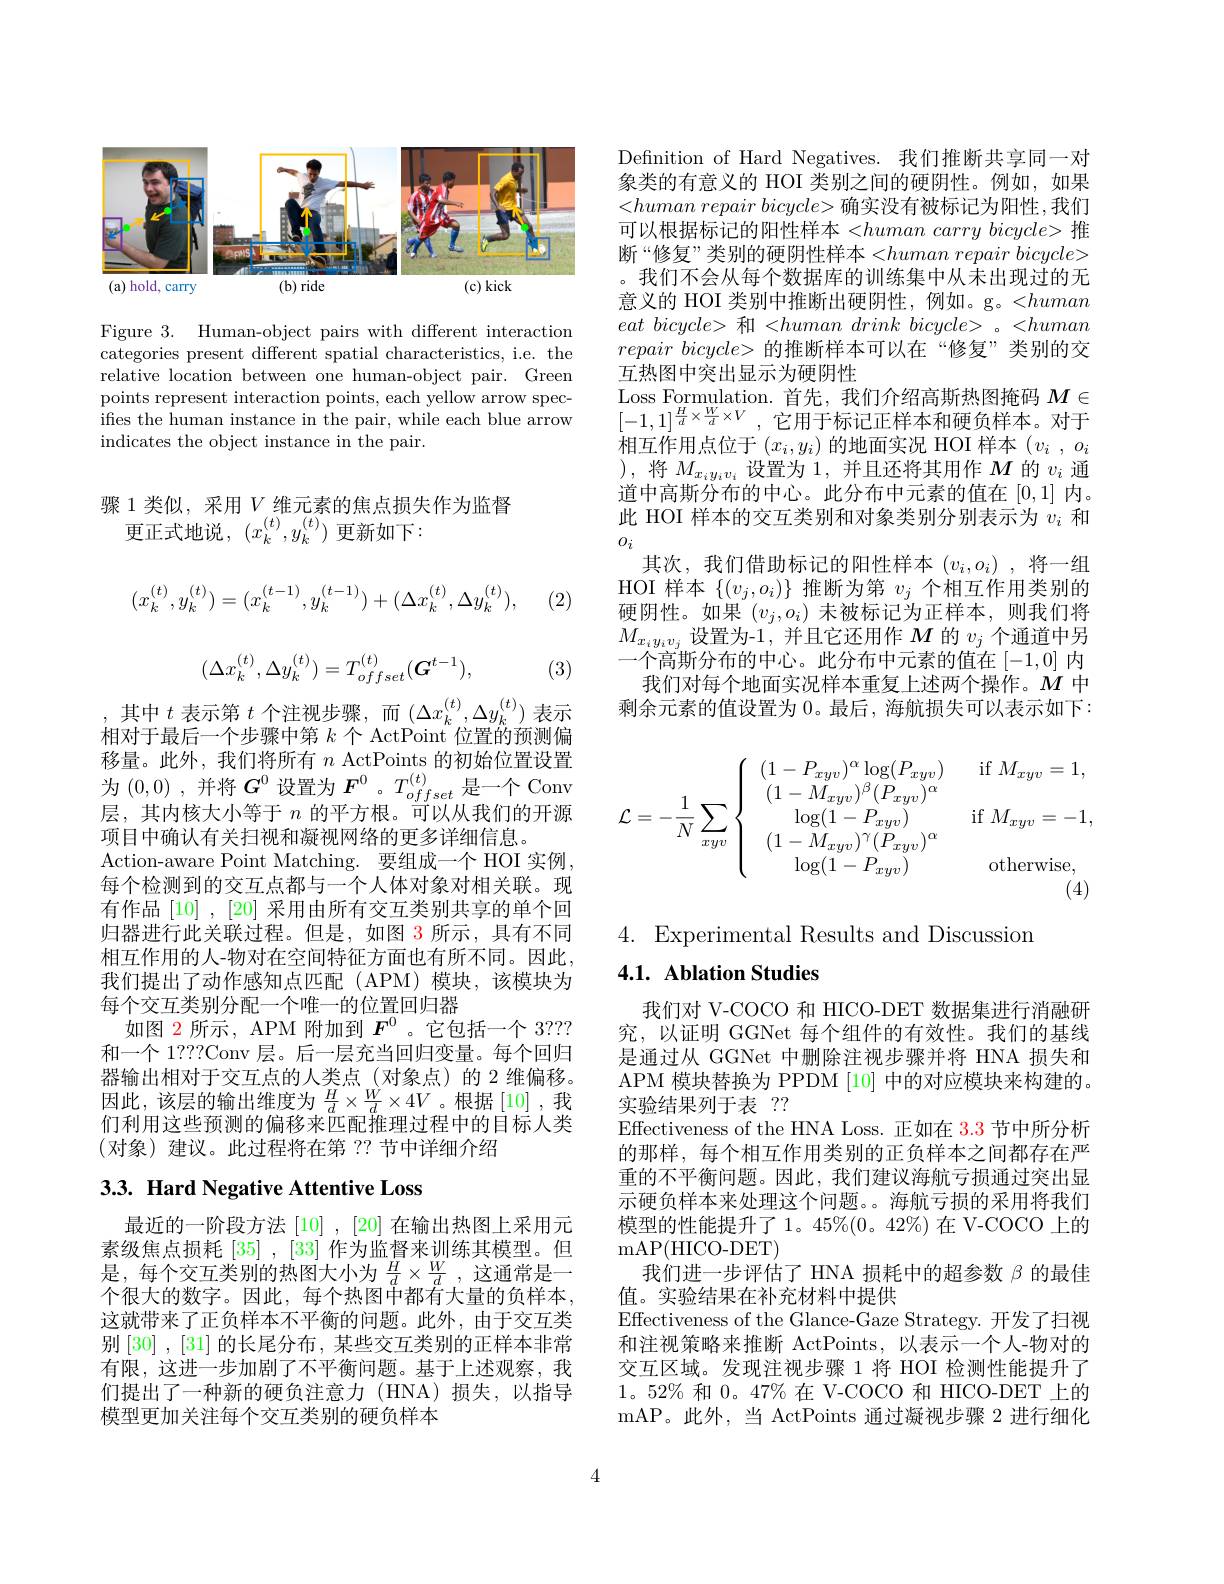
<FigureHere>

Figure 3. Human-object pairs with different interaction categories present different spatial characteristics, i.e. the relative location between one human-object pair. Green points represent interaction points, each yellow arrow specifes the human instance in the pair, while each blue arrow indicates the object instance in the pair.

骤 1 类似，采用$V$维元素的焦点损失作为监督
更正式地说，$(x_k^{(t)},y_k^{(t)})$更新如下：
$$(x_k^{(t)},y_k^{(t)})=(x_k^{(t-1)},y_k^{(t-1)})+(\Delta x_k^{(t)},\Delta y_k^{(t)}),$$
(2)
$$(\Delta x_k^{(t)},\Delta y_k^{(t)})=T_{offset}^{(t)}(\boldsymbol{G}^{t-1}),$$
(3)

,其中$t$表示第$t$个注视步骤，而$(\Delta x_k^{(t)},\Delta y_k^{(t)})$表示相对于最后一个步骤中第$k$个 ActPoint 位置的预测偏移量。此外，我们将所有$n$ ActPoints 的初始位置设置为 (0,0) , 并 将 $G^{0}$ 设 置 为 $\boldsymbol{F}^{0}$ $。T_{offset}^{( t) }$ 是 一 个 Conv 日 世 中 校 中 小 价 工 的 平 方 出 的 平 方 公 司层，其内核大小等于$n$的平方根。可以从我们的开源项目中确认有关扫视和凝视网络的更多详细信息。
Action-aware Point Matching. 要组成一个 HOI 实例， 每个检测到的交互点都与一个人体对象对相关联。现有作品[10] ,[20] 采用由所有交互类别共享的单个回归器进行此关联过程。但是，如图 3 所示，具有不同相互作用的人-物对在空间特征方面也有所不同。因此， 我们提出了动作感知点匹配(APM)模块，该模块为每个交互类别分配一个唯一的位置回归器
如图 2 所示，APM 附加到$F^0$ 。它包括一个 3??? 和一个 1???Conv 层。后一层充当回归变量。每个回归器输出相对于交互点的人类点(对象点)的 2 维偏移。因此，该层的输出维度为$\frac Hd\times\frac Wd\times4V$。根据[10],我们利用这些预测的偏移来匹配推理过程中的目标人类(对象)建议。此过程将在第 ??节中详细介绍

## 3.3. Hard Negative Attentive Loss

最近的一阶段方法[10] , [20] 在输出热图上采用元素级焦点损耗[35],[33]作为监督来训练其模型。但是，每个交互类别的热图大小为$\frac{H}{d}\times\frac{W}{d}$ ,这通常是一个很大的数字。因此，每个热图中都有大量的负样本， 这就带来了正负样本不平衡的问题。此外，由于交互类别[30],[31]的长尾分布，某些交互类别的正样本非常有限，这进一步加剧了不平衡问题。基于上述观察，我们提出了一种新的硬负注意力(HNA)损失，以指导模型更加关注每个交互类别的硬负样本

Definition of Hard Negatives. 我们推断共享同一对象类的有意义的 HOI 类别之间的硬阴性。例如，如果$< human\textit{ repair bicycle> 确 实 没 有 被 标 记 为 阳 性 }$,我们可以根据标记的阳性样本$< human\textit{ carry bicycle> 推 }$ 断“修复”类别的硬阴性样本$< human\textit{ repair bicycle> }$ $\hat{\text{,我们不会从每个数据库的训练集中从未出现过的无}}$ 意义的 HOI 类别中推断出硬阴性，例如。g。<human eat $bicycle>$ 和 $< human$ drink $bicycle>$ $。< human$ $repairbicycle>$的推断样本可以在“修复”类别的交互热图中突出显示为硬阴性
Loss Formulation. 首先，我们介绍高斯热图掩码$M\in$ $[-1,1]^{\frac{H}{d}\times\frac{W}{d}\times V}$,它用于标记正样本和硬负样本。对于相互作用点位于$(x_i,y_i)$的地面实况 HOI 样本$( v_i$ , $o_i$ ),将$M_x_iy_iv_i$设置为1，并且还将其用作$M$的$v_i$通道中高斯分布的中心。此分布中元素的值在[0,1]内。此 HOI 样本的交互类别和对象类别分别表示为$v_i$和$o_{i}$
其次，我们借助标记的阳性样本$(v_i,o_i)$ ,将一组HOI 样本$\{(v_j,o_i)\}$推断为第$v_j$个相互作用类别的硬阴性。如果$(v_j,o_i)$未被标记为正样本，则我们将$M_{x_iy_iv_j}$设置为-1,并且它还用作$M$ 的 $v_j$ 个通道中另一个高斯分布的中心。此分布中元素的值在[-1,0]内
我们对每个地面实况样本重复上述两个操作。$M$中剩余元素的值设置为0。最后，海航损失可以表示如下：
$$\mathcal{L}=-\dfrac{1}{N}\sum_{xyv}\left\{\begin{array}{cc}(1-P_{xyv})^\alpha\log(P_{xyv})&\quad\text{if}\:M_{xyv}=1,\\(1-M_{xyv})^\beta(P_{xyv})^\alpha\\\log(1-P_{xyv})&\quad\text{if}\:M_{xyv}=-1,\\(1-M_{xyv})^\gamma(P_{xyv})^\alpha\\\log(1-P_{xyv})&\quad\text{otherwise,}\end{array}\right.$$
4. Experimental Results and Discussion
4.1. Ablation Studies

我们对 V-COCO 和 HICO-DET 数据集进行消融研究，以证明 GGNet 每个组件的有效性。我们的基线是通过从 GGNet 中删除注视步骤并将 HNA 损失和APM 模块替换为 PPDM [10]中的对应模块来构建的。实验结果列于表 ??
Effectiveness of the HNA Loss. 正如在$\color{red}{3.3}$节中所分析的那样，每个相互作用类别的正负样本之间都存在严重的不平衡问题。因此，我们建议海航亏损通过突出显示硬负样本来处理这个问题。。海航亏损的采用将我们模型的性能提升了1。45%(0。42%)在 V-COCO 上的mAP(HICO-DET)
我们进一步评估了 HNA 损耗中的超参数$\beta$的最佳
值。实验结果在补充材料中提供
Effectiveness of the Glance-Gaze Strategy. 开发了扫视和注视策略来推断 ActPoints,以表示一个人-物对的交互区域。发现注视步骤 1 将 HOI 检测性能提升了1。52% 和 0。47% 在 V-COCO 和 HICO-DET 上的mAP。此外，当 ActPoints 通过凝视步骤 2 进行细化

4